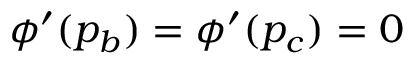
\phi ^ { \prime } ( p _ { b } ) = \phi ^ { \prime } ( p _ { c } ) = 0